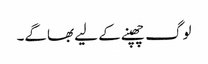
لوگ چھپنے کے لیے بھاگے۔